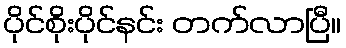
ပိုင်စိုးပိုင်နင်း တက်လာပြီ။